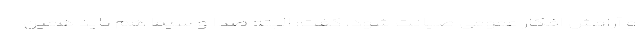
و آرامش افکار عمومی صیانت شود، گفت: البته صدا و سیما هم باید همین